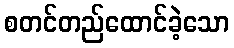
စတင်တည်ထောင်ခဲ့သော